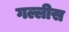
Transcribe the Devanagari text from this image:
गल्लीस